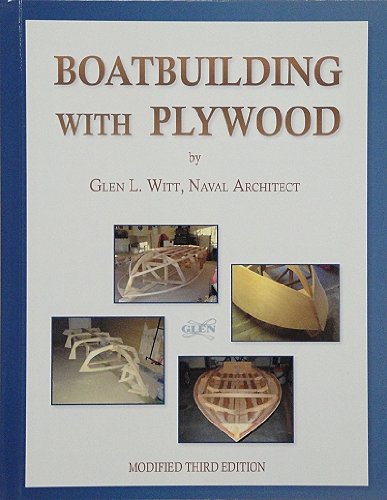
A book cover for Boatbuilding With Plywood; Glen L. Witt; Engineering & Transportation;